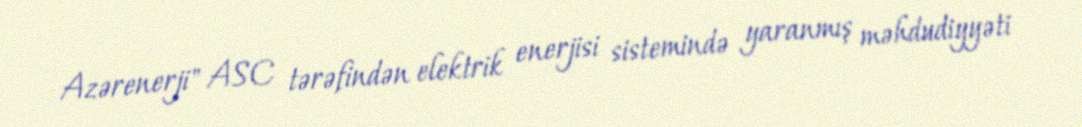
Azərenerji" ASC tərəfindən elektrik enerjisi sistemində yaranmış məhdudiyyəti